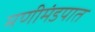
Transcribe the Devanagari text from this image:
मणीमंडपात